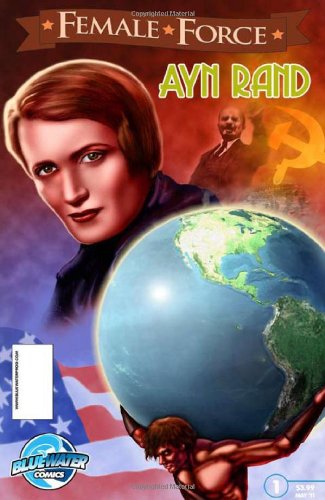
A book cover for Female Force: Ayn Rand; John Blundell; Children's Books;